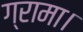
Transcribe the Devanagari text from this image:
ग्रामा।